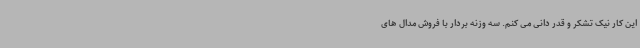
این کار نیک تشکر و قدر دانی می کنم. سه وزنه بردار با فروش مدال های